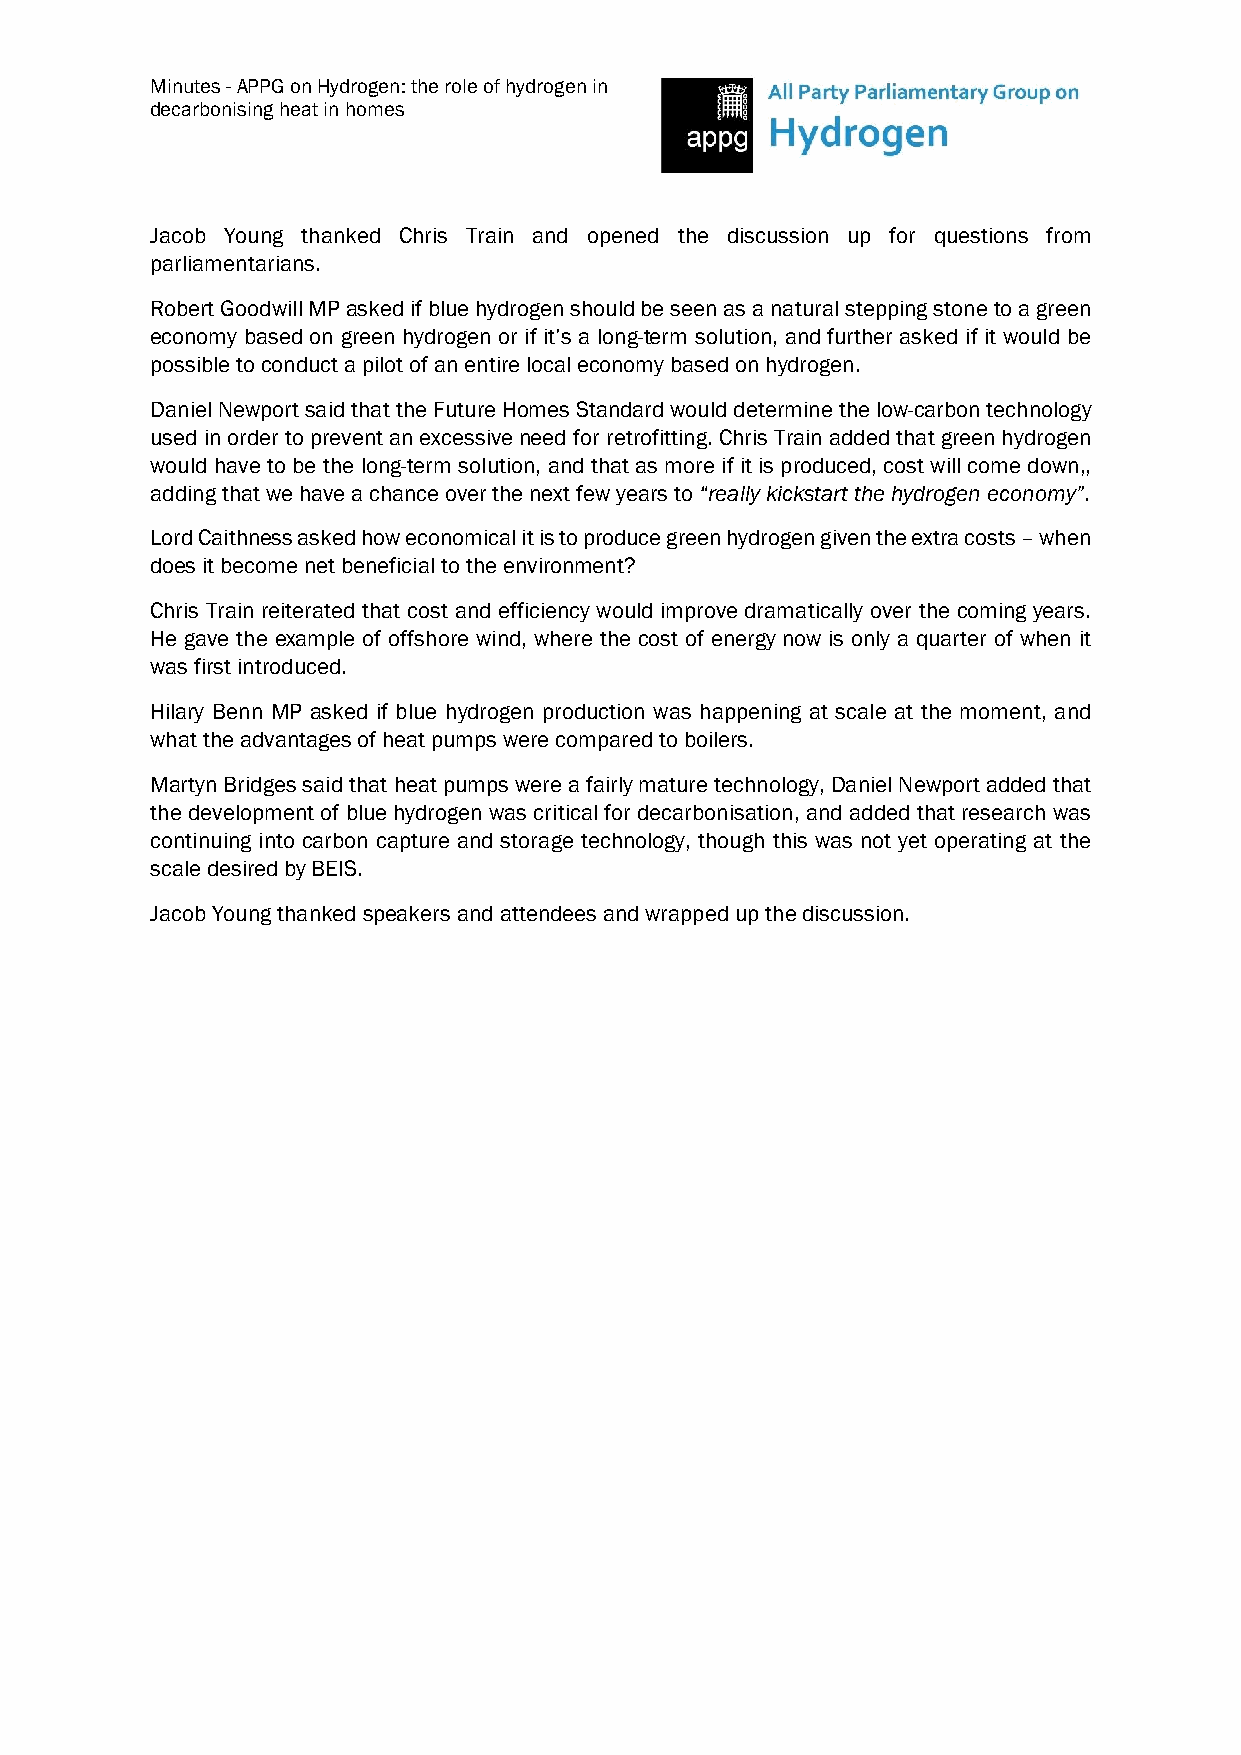
Minutes - APPG on Hydrogen: the role of hydrogen in
 decarbonising heat in homes
 Jacob Young thanked Chris Train and opened the discussion up for questions from
 parliamentarians.
 Robert Goodwill MP asked if blue hydrogen should be seen as a natural stepping stone to a green
 economy based on green hydrogen or if it’s a long-term solution, and further asked if it would be
 possible to conduct a pilot of an entire local economy based on hydrogen.
 Daniel Newport said that the Future Homes Standard would determine the low-carbon technology
 used in order to prevent an excessive need for retrofitting. Chris Train added that green hydrogen
 would have to be the long-term solution, and that as more if it is produced, cost will come down,,
 adding that we have a chance over the next few years to “really kickstart the hydrogen economy”.
 Lord Caithness asked how economical it is to produce green hydrogen given the extra costs – when
 does it become net beneficial to the environment?
 Chris Train reiterated that cost and efficiency would improve dramatically over the coming years.
 He gave the example of offshore wind, where the cost of energy now is only a quarter of when it
 was first introduced.
 Hilary Benn MP asked if blue hydrogen production was happening at scale at the moment, and
 what the advantages of heat pumps were compared to boilers.
 Martyn Bridges said that heat pumps were a fairly mature technology, Daniel Newport added that
 the development of blue hydrogen was critical for decarbonisation, and added that research was
 continuing into carbon capture and storage technology, though this was not yet operating at the
 scale desired by BEIS.
 Jacob Young thanked speakers and attendees and wrapped up the discussion.